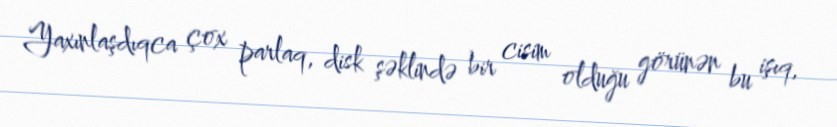
Yaxınlaşdıqca çox parlaq, disk şəklində bir cisim olduğu görünən bu işıq,